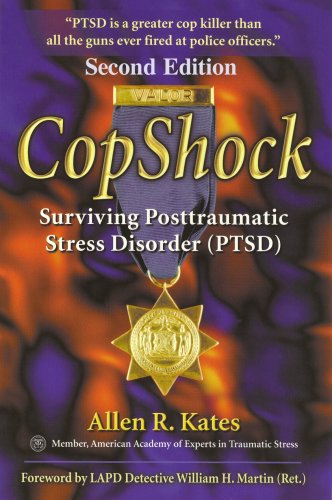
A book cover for CopShock, Second Edition: Surviving Posttraumatic Stress Disorder (PTSD); Allen R. Kates; Health, Fitness & Dieting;